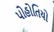
પોહોતિયો